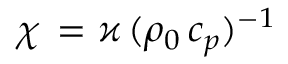
\chi \, = \varkappa \, ( \rho _ { 0 } \, c _ { p } ) ^ { - 1 }